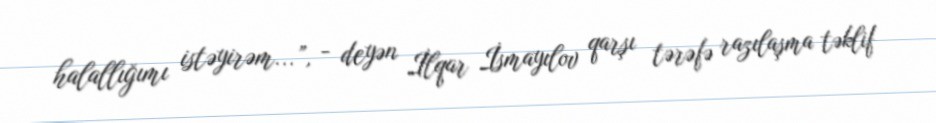
halallığımı istəyirəm...”, - deyən İlqar İsmayılov qarşı tərəfə razılaşma təklif